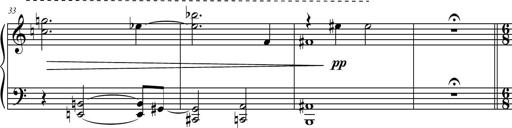
Title: Petite Sonatine
Composer: Richard St. Clair